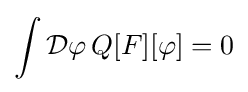
\int {\mathcal {D}}\varphi \,Q[F][\varphi ]=0